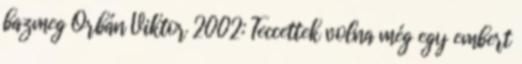
bazmeg Orbán Viktor 2002: Teccettek volna még egy embert